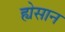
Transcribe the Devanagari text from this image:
ह्येसान